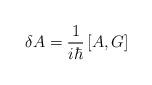
LaTeX: \begin{align*}\delta A=\frac{1}{i\hbar}\left[ A, G\right]\end{align*}